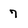
Character: 7